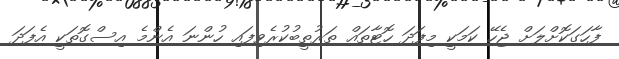
ފާހަގަކޮށްލަށް ޖެހޭ ކަމަކީ މިފަދަ ހޮޓާތައް ތަރުތީބުކުރެވިފައި ހުންނަ އެންމެ އިސްގޮތަކީ އެފަދަ